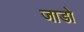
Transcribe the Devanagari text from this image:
जाडो